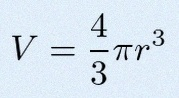
V=\frac43\pi r^3